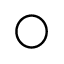
\bigcirc